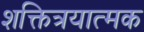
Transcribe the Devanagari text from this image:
शक्तित्रयात्मक